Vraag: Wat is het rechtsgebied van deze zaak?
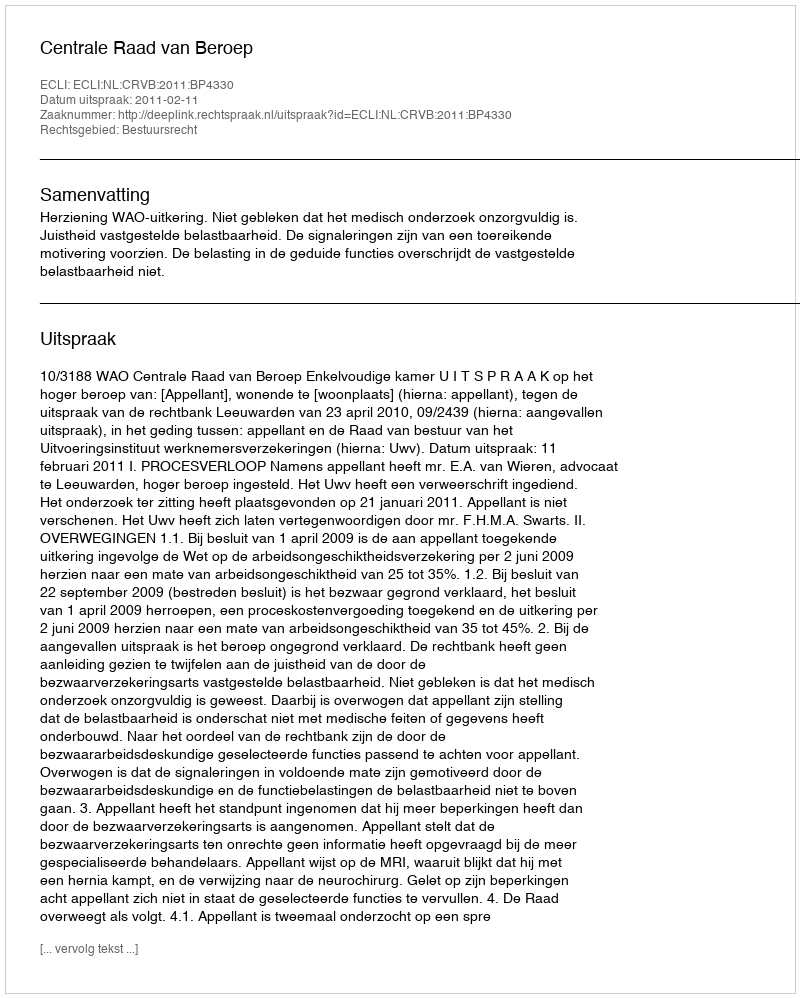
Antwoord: Bestuursrecht